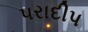
પરાદીપ